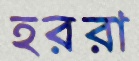
হররা